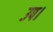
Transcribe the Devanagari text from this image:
उप।